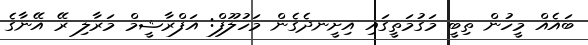
ބައެއް މީހުން ތިބީ މަގުމަތީގައި އިށީނދެގެން މަހުލޫފް: އަފްރާޝީމް މަރާލި ރޭ އޭނާގެ